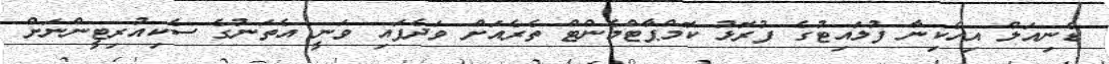
ޑެނިއަލް އިހެކިނާ ފުލައިޓުގެ ފުރޮޅު ކޮމްޕާޓްމެންޓް ތެރެއަށް ވަދެފައި ވަނީ އެތަނުގެ ސެކިއުރިޓީންނަށް